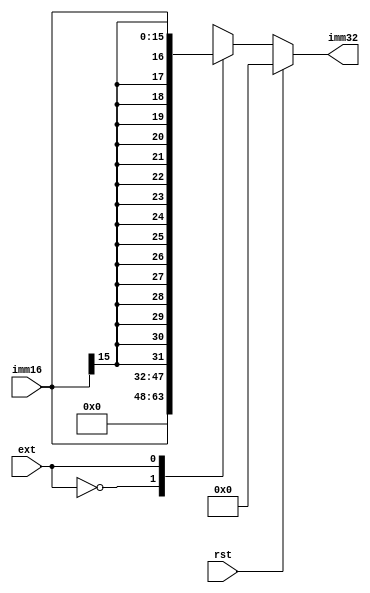
`timescale 1ns / 1ps
//////////////////////////////////////////////////////////////////////////////////
// Company: 
// Engineer: 
// 
// Design Name: 
// Module Name: ext
// Project Name: 
// Target Devices: 
// Tool Versions: 
// Description: 
// 
// Dependencies: 
// 
// Revision:
// Revision 0.01 - File Created
// Additional Comments:
// 
//////////////////////////////////////////////////////////////////////////////////


module ext(
    input [15:0] imm16,
    output reg [31:0] imm32,
    input ext,
    input rst
    );
    parameter ZERO = 2'b0;
    parameter SIGN = 2'b1;
    always@(*)begin
        if(rst)
            imm32 <= 0;
        else begin
        case(ext)
            ZERO: imm32={16'b0,imm16};
            SIGN: imm32={{16{imm16[15]}},imm16};
            default: ;//
        endcase
        end        
    end
    
endmodule